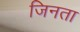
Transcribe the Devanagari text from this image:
जिनता